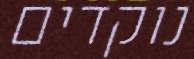
נוקדים